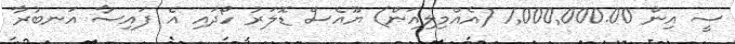
ސީ އިން 1